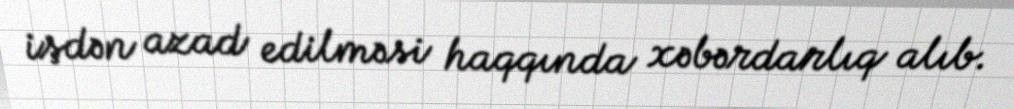
işdən azad edilməsi haqqında xəbərdarlıq alıb.